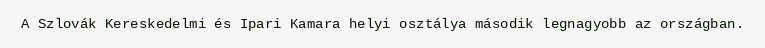
A Szlovák Kereskedelmi és Ipari Kamara helyi osztálya második legnagyobb az országban.